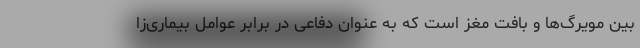
بین مویرگ‌ها و بافت مغز است که به عنوان دفاعی در برابر عوامل بیماری‌زا